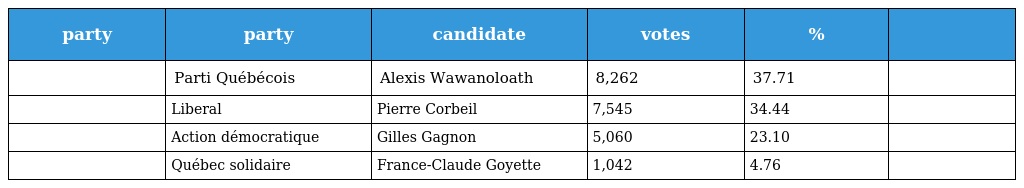
| party | party | candidate | votes | % |  |
 | --- | --- | --- | --- | --- | --- |
 |  | Parti Québécois | Alexis Wawanoloath | 8,262 | 37.71 |  |
 |  | Liberal | Pierre Corbeil | 7,545 | 34.44 |  |
 |  | Action démocratique | Gilles Gagnon | 5,060 | 23.10 |  |
 |  | Québec solidaire | France-Claude Goyette | 1,042 | 4.76 |  |